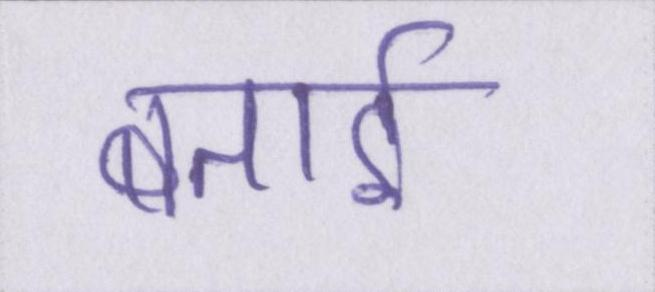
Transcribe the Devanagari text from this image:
बताई